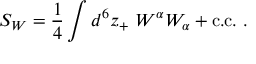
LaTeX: S _ { W } = \frac { 1 } { 4 } \int d ^ { 6 } z _ { + } \ W ^ { \alpha } W _ { \alpha } + \mathrm { c . c . } \ .